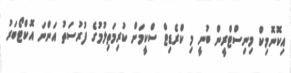
އިކޮނޮމިކް މިނިސްޓްރީން ބުނީ މި ކްރެޑިޓް ސްކީމަށް ކުރިމަތިލުމުގެ ފުރުސަތު އަންނަ އޮކްޓޯބަރު